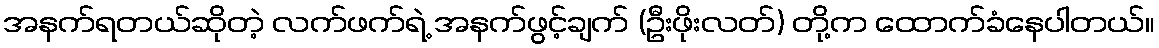
အနက်ရတယ်ဆိုတဲ့ လက်ဖက်ရဲ့ အနက်ဖွင့်ချက် (ဦးဖိုးလတ်) တို့က ထောက်ခံနေပါတယ်။